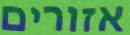
אזורים